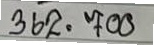
362 = 700